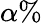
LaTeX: \alpha\%